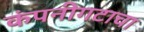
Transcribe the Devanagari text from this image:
कंपनीगटाचा